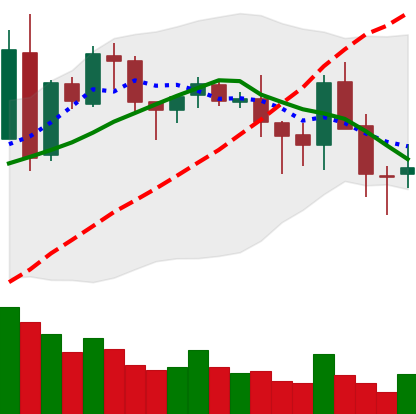
Ticker: BNB-USD
Chart end date: 2018-05-13
Forward return: 15.373%
Label: up_7plus